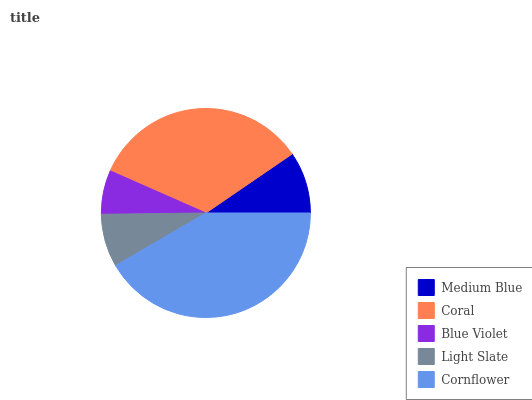
| Medium Blue | Coral | Blue Violet | Light Slate | Cornflower |
 | --- | --- | --- | --- | --- |
 | 9.55% | 33.9% | 6.8% | 8.2% | 41.5% |